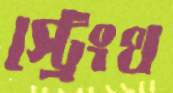
স্ট্রেংথ